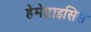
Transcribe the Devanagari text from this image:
हेमेप्टाइसिस